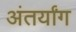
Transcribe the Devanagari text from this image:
अंतर्यांग